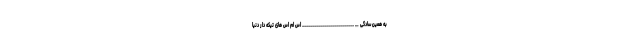
به همین سادگی … __________________________ اس ام اس های تیکه دار دنیا